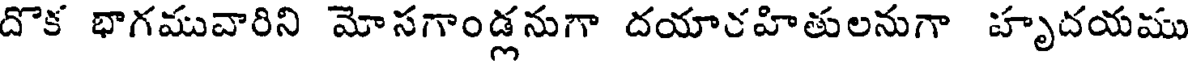
దొక భాగమువారిని మోసగాండ్లనుగా దయారహితులనుగా హృదయము